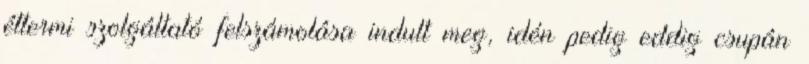
éttermi szolgáltató felszámolása indult meg, idén pedig eddig csupán